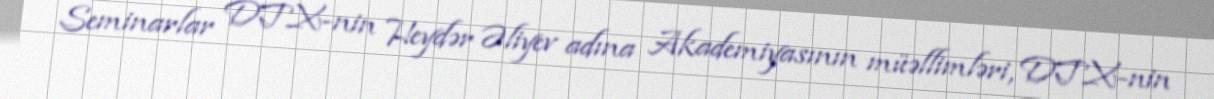
Seminarlar DTX-nin Heydər Əliyev adına Akademiyasının müəllimləri, DTX-nin